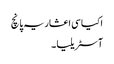
اکیاسی اعشاریہ پانچ
آسٹریلیا ۔